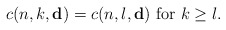
\begin{align*}c(n,k,\mathbf{d})=c(n,l,\mathbf{d})\ \mbox{for}\ k\geq l.\end{align*}